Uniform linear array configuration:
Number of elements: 32
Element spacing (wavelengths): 1
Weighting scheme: exponential
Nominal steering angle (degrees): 0
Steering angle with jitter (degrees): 0.3794
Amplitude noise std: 0.05
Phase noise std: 0.05

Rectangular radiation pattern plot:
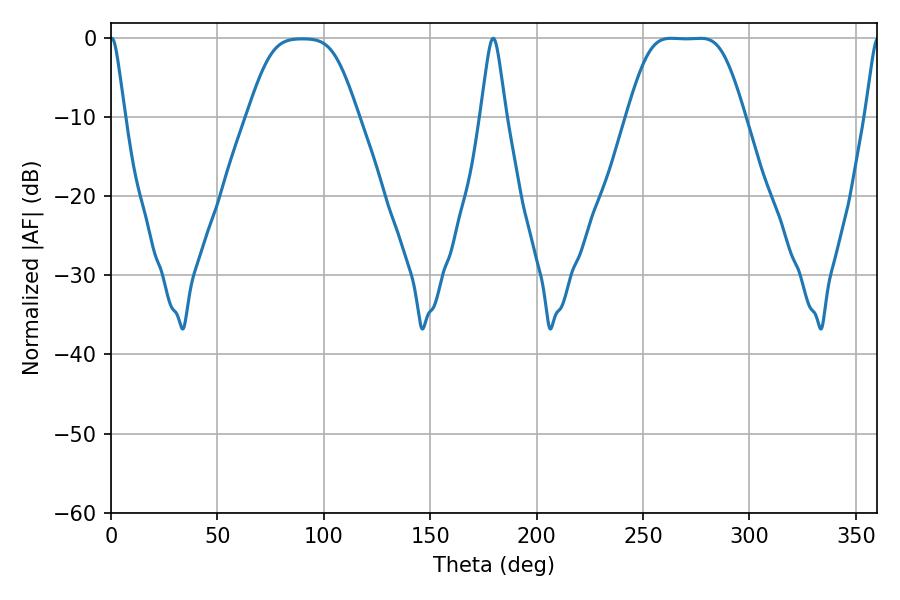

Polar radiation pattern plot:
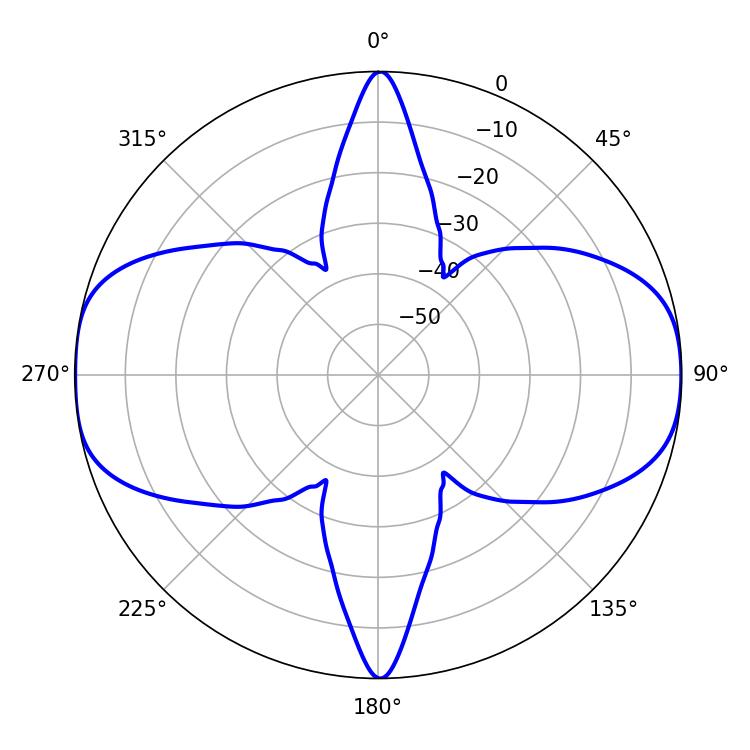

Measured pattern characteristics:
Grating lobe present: TRUE
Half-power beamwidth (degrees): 38.88
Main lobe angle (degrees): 263.16